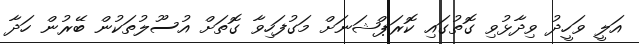
އަލީ ވަހީދު ވިދާޅުވި ގޮތުގައި ކޮރަޕްޝަނަށް މަގުފަހިވާ ގޮތަށް އުސޫލުތަކުން ބޭރުން ހަދާ